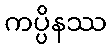
ကပ္ပိနဿ